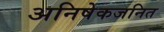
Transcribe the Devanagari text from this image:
अनिषेकजनित